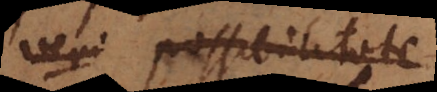
veri possibilitate